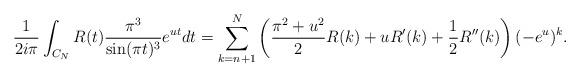
LaTeX: \begin{align*}\frac{1}{2i\pi}\int_{C_N} R(t) \frac{\pi^3}{\sin(\pi t)^3}e^{u t}dt=\sum_{k=n+1}^N \left(\frac{\pi ^2+u^2}{2}R(k)+ uR'(k)+ \frac12R''(k)\right)(-e^u)^k.\end{align*}